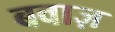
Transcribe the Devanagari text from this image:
बवाज़